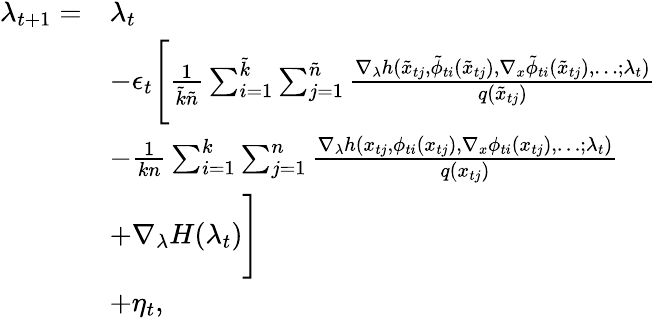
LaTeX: \begin{array}{rl}{\lambda_{t+1}=}&{\lambda_{t}}\\ &{-\epsilon_{t}\Bigg[\frac{1}{\tilde{k}\tilde{n}}\sum_{i=1}^{\tilde{k}}\sum_{j=1}^{\tilde{n}}\frac{\nabla_{\lambda}h(\tilde{x}_{tj},\tilde{\phi}_{ti}(\tilde{x}_{tj}),\nabla_{x}\tilde{\phi}_{ti}(\tilde{x}_{tj}),\dots;\lambda_{t})}{q(\tilde{x}_{tj})}}\\ &{-\frac{1}{kn}\sum_{i=1}^{k}\sum_{j=1}^{n}\frac{\nabla_{\lambda}h(x_{tj},\phi_{ti}(x_{tj}),\nabla_{x}\phi_{ti}(x_{tj}),\dots;\lambda_{t})}{q(x_{tj})}}\\ &{+\nabla_{\lambda}H(\lambda_{t})\Bigg]}\\ &{+\eta_{t},}\end{array}